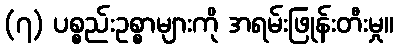
(၇) ပစ္စည်းဥစ္စာများကို အရမ်းဖြုန်းတီးမှု။